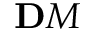
\mathbf Ḋ M Ḍ